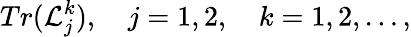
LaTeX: Tr({\cal L}_{j}^{k}),\quad j=1,2,\quad k=1,2,\ldots,